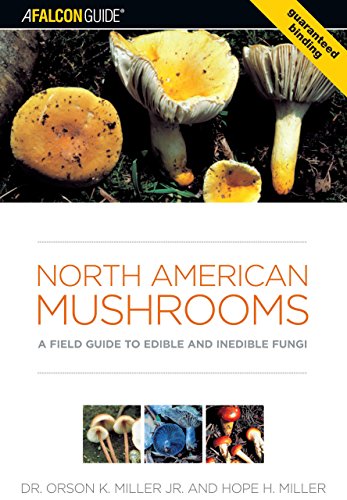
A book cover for North American Mushrooms: A Field Guide To Edible And Inedible Fungi (Falconguide); Orson Miller; Science & Math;